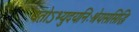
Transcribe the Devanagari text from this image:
यतोऽभ्युदयनिःश्रेयससिद्धि